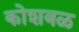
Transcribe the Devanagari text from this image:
कोशबळ